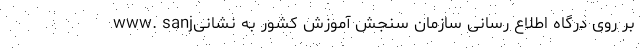
بر روی درگاه اطلاع رسانی سازمان سنجش آموزش کشور به نشانیwww. sanj